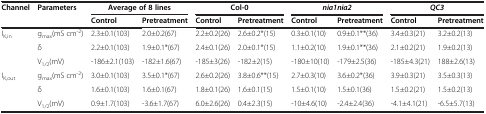
<table><thead><tr><td><b>Channel</b></td><td><b>Parameters</b></td><td colspan="2"><b>Average of 8 lines</b></td><td><b>Col-0</b></td><td><b> </b></td><td><b><i>nia1nia2 </i></b></td><td><b> </b></td><td><b><i>QC3 </i></b></td><td><b> </b></td></tr><tr><td><b> </b></td><td><b> </b></td><td><b>Control</b></td><td><b>Pretreatment</b></td><td><b>Control</b></td><td><b>Pretreatment</b></td><td><b>Control</b></td><td><b>Pretreatment</b></td><td><b>Control</b></td><td><b>Pretreatment</b></td></tr></thead><tbody><tr><td>I<sub>K,in</sub></td><td>g<sub>max</sub>(mS cm<sup>-2</sup>)</td><td>2.3±0.1(103)</td><td>2.0±0.2(67)</td><td>2.2±0.2(26)</td><td>2.6±0.2*(15)</td><td>0.3±0.1(10)</td><td>0.9±0.1**(36)</td><td>3.4±0.3(21)</td><td>3.2±0.2(13)</td></tr><tr><td> </td><td>δ</td><td>2.2±0.1(103)</td><td>1.9±0.1*(67)</td><td>2.4±0.1(26)</td><td>2.0±0.1*(15)</td><td>1.1±0.2(10)</td><td>1.9±0.1**(36)</td><td>2.1±0.2(21)</td><td>1.9±0.2(13)</td></tr><tr><td> </td><td>V<sub>1/2</sub>(mV)</td><td>-186±2.1(103)</td><td>-182±1.6(67)</td><td>-185±3(26)</td><td>-182±2(15)</td><td>-180±10(10)</td><td>-179±2.5(36)</td><td>-185±4.3(21)</td><td>188±2.6(13)</td></tr><tr><td>I<sub>K,out</sub></td><td>g<sub>max</sub>(mS cm<sup>-2</sup>)</td><td>3.0±0.1(103)</td><td>3.5±0.1*(67)</td><td>2.6±0.2(26)</td><td>3.8±0.6**(15)</td><td>2.7±0.3(10)</td><td>3.6±0.2*(36)</td><td>3.9±0.3(21)</td><td>3.5±0.3(13)</td></tr><tr><td> </td><td>δ</td><td>1.6±0.1(103)</td><td>1.6±0.1(67)</td><td>1.8±0.1(26)</td><td>1.6±0.1(15)</td><td>1.5±0.1(10)</td><td>1.5±0.1(36)</td><td>1.5±0.2(21)</td><td>1.5±0.2(13)</td></tr><tr><td> </td><td>V<sub>1/2</sub>(mV)</td><td>0.9±1.7(103)</td><td>-3.6±1.7(67)</td><td>6.0±2.6(26)</td><td>0.4±2.3(15)</td><td>-10±4.6(10)</td><td>-2.4±2.4(36)</td><td>-4.1±4.1(21)</td><td>-6.5±5.7(13)</td></tr></tbody></table>